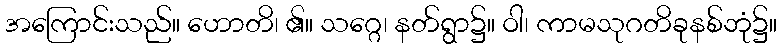
အကြောင်းသည်။ ဟောတိ၊ ၏။ သဂ္ဂေ၊ နတ်ရွာ၌။ ဝါ၊ ကာမသုဂတိခုနစ်ဘုံ၌။